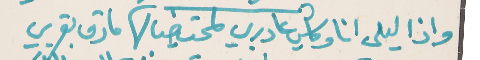
واذا ليلى انا وكاسي عا دربي لمحت خيالها مارق بقربي